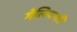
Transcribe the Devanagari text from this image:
गेलियासी